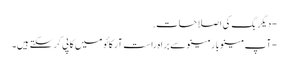
- دیگر بگ کی اصلاحات.
- آپ مینوبار مینو سے براہ راست آرکائو میں کاپی کرسکتے ہیں۔